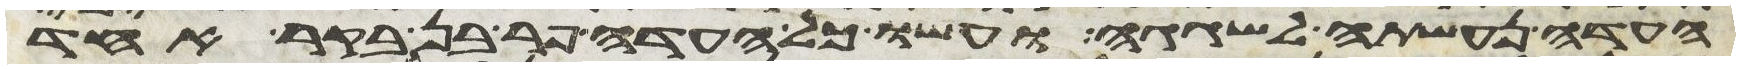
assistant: העדה נעשתה לשגגה ועשו כל העדה פר בן בקר אחד